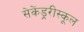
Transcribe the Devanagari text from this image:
सेकेंड्ररीस्कूल